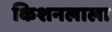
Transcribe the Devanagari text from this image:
किशनलाला